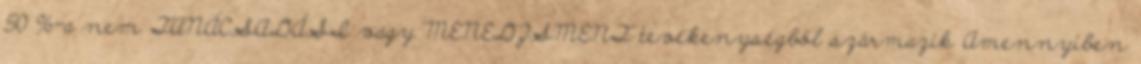
50 %-a nem TANÁCSADÁSI vagy MENEDZSMENT tevékenységből származik Amennyiben